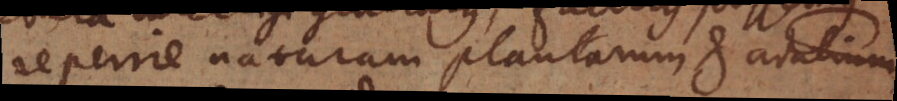
reperire naturam plantarum et animalium